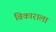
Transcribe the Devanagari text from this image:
विकाराला